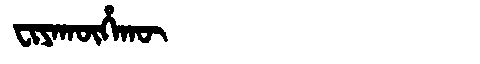
Manchu: ᠸᡳᠶᠠᡴᡡᡥᠠᡴᡡ
Romanization: FIYAKŪHAKŪ